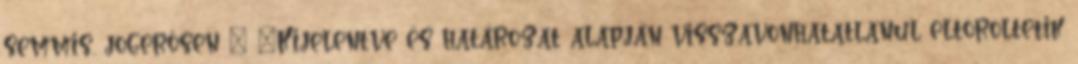
semmis, jogerősen ” „Kijelentve és határozat alapján visszavonhatatlanul eltöröltetik